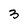
Character: 3